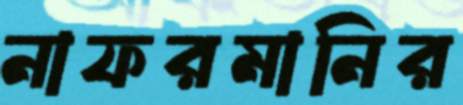
নাফরমানির